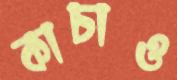
কাচাও